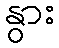
နွား